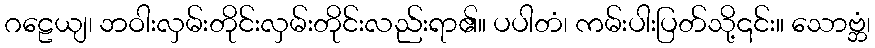
ဂဠေယျ၊ ဘဝါးလှမ်းတိုင်းလှမ်းတိုင်းလည်းရာ၏။ ပပါတံ၊ ကမ်းပါးပြတ်သို့၎င်း။ သောဗ္ဘံ၊